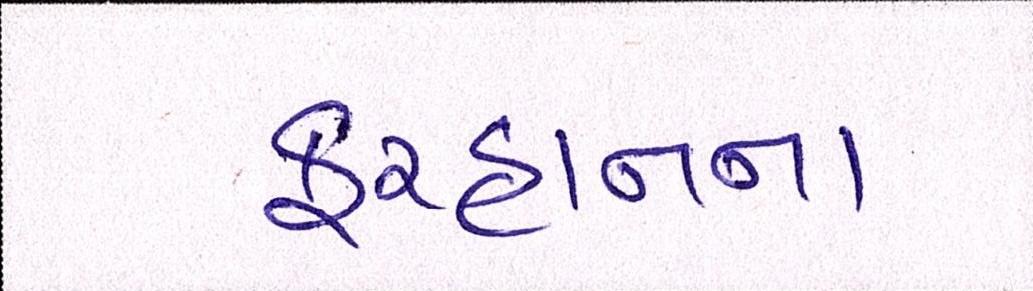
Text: ફરહાનના